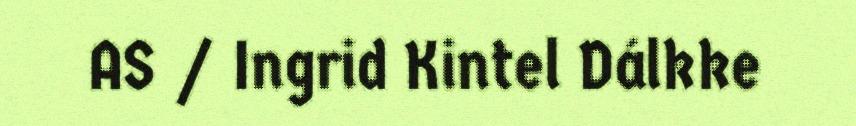
AS / Ingrid Kintel Dálkke